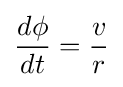
{\frac {d\phi }{dt}}={\frac {v}{r}}